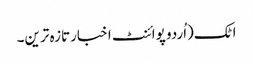
اٹک(اُردو پوائنٹ اخبارتازہ ترین۔